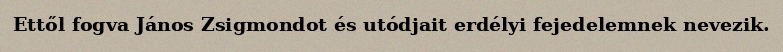
Ettől fogva János Zsigmondot és utódjait erdélyi fejedelemnek nevezik.